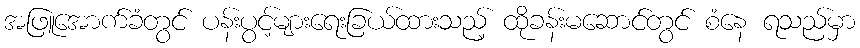
အဖြူအောက်ခံတွင် ပန်းပွင့်များရေးခြယ်ထားသည့် ထိုခန်းမဆောင်တွင် စံနေ ရသည်မှာ